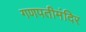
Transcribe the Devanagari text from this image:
गणपतीमंदिर